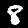
Label: 8